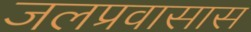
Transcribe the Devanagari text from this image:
जलप्रवासास